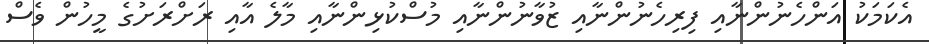
އެކަމަކު އަންހެނުންނާއި ފިރިހެނުންނާއި ޒުވާނުންނާއި މުސްކުޅިންނާއި މާލެ އާއި ރަށްރަށުގެ މީހުން ވެސް